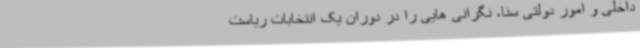
داخلی و امور دولتی سنا، نگرانی هایی را در دوران یک انتخابات ریاست